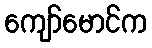
ကျော်မောင်က